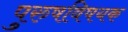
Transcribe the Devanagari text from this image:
पुरुषविषयक